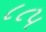
૮૮૫